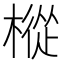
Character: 樅